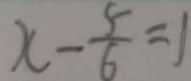
x - \frac { 5 } { 6 } = 1